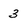
Character: 3